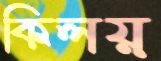
কিলয়